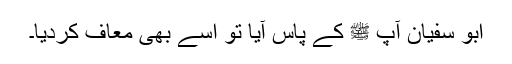
ابو سفیان آپ ﷺ کے پاس آیا تو اسے بھی معاف کردیا۔